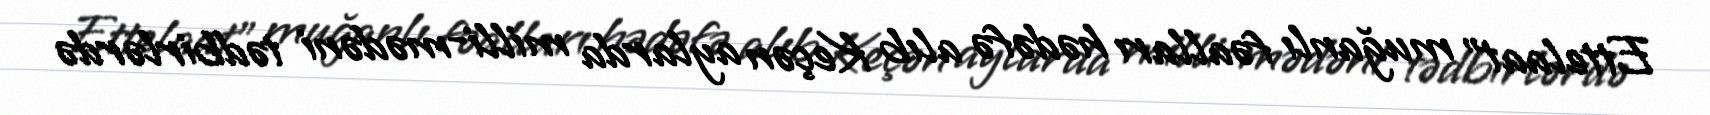
Ettelaat" muğanlı fəalları hədəfə alıb Keçən aylarda milli-mədəni tədbirlərdə